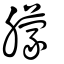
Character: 朦